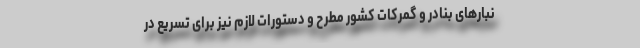
نبارهای بنادر و گمرکات کشور مطرح و دستورات لازم نیز برای تسریع در